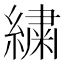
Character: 繍